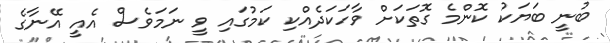
ބުނީ ބަޔަކު ކޮންމެ ގޮތަކަށް ވާހަކަދެއްކި ކަމުގައި ވީ ނަމަވެސް އެއީ އޭނާގެ